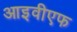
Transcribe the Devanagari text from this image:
आइवीएफ